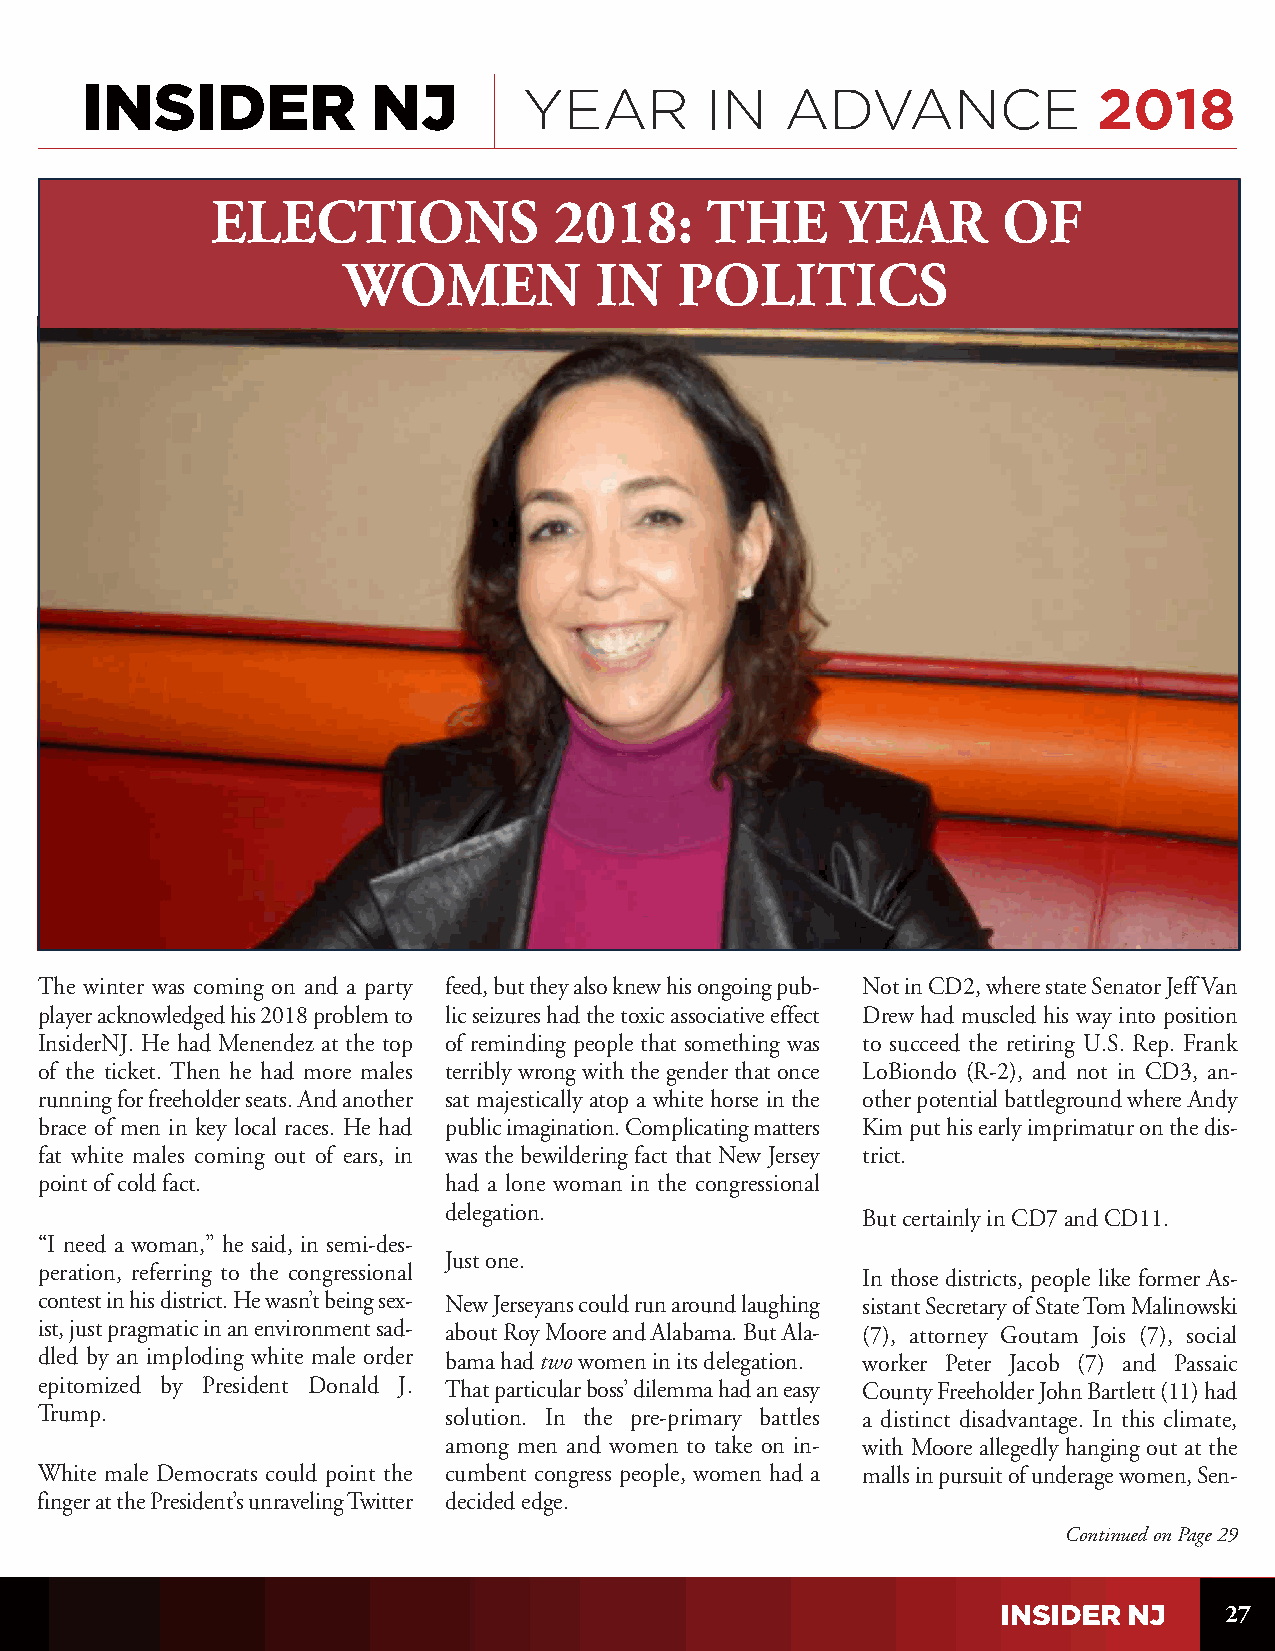
YEAR        IN   ADVANCE              2018
 ELECTIONS              2018:     THE      YEAR      OF
 WOMEN           IN    POLITICS
 The winter was coming on and a party feed, but they also knew his ongoing pub- Not in CD2, where state Senator Jeff Van
 player acknowledged his 2018 problem to lic seizures had the toxic associative effect Drew had muscled his way into position
 InsiderNJ. He had Menendez at the top of reminding people that something was to succeed the retiring U.S. Rep. Frank
 of the ticket. Then he had more males terribly wrong with the gender that once LoBiondo (R-2), and not in CD3, an-
 running for freeholder seats. And another sat majestically atop a white horse in the other potential battleground where Andy
 brace of men in key local races. He had public imagination. Complicating matters Kim put his early imprimatur on the dis-
 fat white males coming out of ears, in was the bewildering fact that New Jersey trict.
 point of cold fact.        had a lone woman in the congressional
 delegation.
 But certainly in CD7 and CD11.
 “I need a woman,” he said, in semi-des-
 Just one.
 peration, referring to the congressional
 In those districts, people like former As-
 contest in his district. He wasn’t being sex- New Jerseyans could run around laughing sistant Secretary of State Tom Malinowski
 ist, just pragmatic in an environment sad- about Roy Moore and Alabama. But Ala- (7), attorney Goutam Jois (7), social
 dled by an imploding white male order bama had twowomen in its delegation. worker Peter Jacob (7) and Passaic
 epitomized by President Donald J. That particular boss’ dilemma had an easy County Freeholder John Bartlett (11) had
 Trump.                     solution. In the pre-primary battles a distinct disadvantage. In this climate,
 among men and women to take on in- with Moore allegedly hanging out at the
 White male Democrats could point the cumbent congress people, women had a malls in pursuit of underage women, Sen-
 finger at the President’s unraveling Twitter decided edge.
 Continued on Page 29
 27